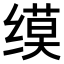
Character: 𫄲